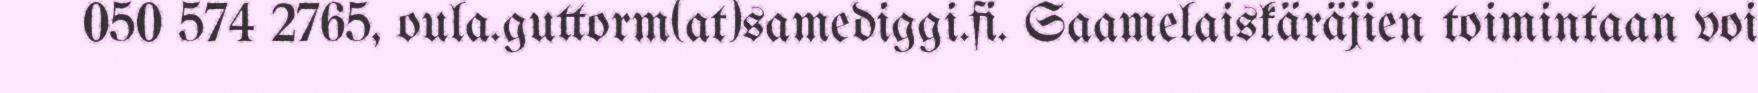
050 574 2765, oula.guttorm(at)samediggi.fi. Saamelaiskäräjien toimintaan voi